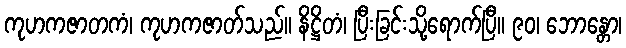
ကုဟကဇာတကံ၊ ကုဟကဇာတ်သည်။ နိဋ္ဌိတံ၊ ပြီးခြင်းသို့ရောက်ပြီ။ ၉၀၊ ဘောန္တော၊